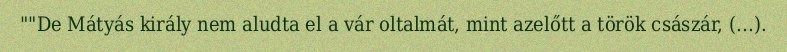
""De Mátyás király nem aludta el a vár oltalmát, mint azelőtt a török császár, (…).